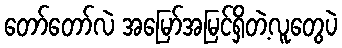
တော်တော်လဲ အမြော်အမြင်ရှိတဲ့လူတွေပဲ